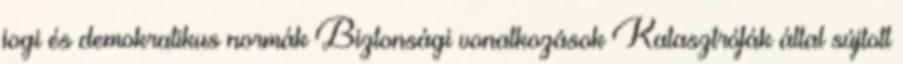
jogi és demokratikus normák Biztonsági vonatkozások Katasztrófák által sújtott